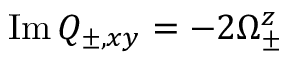
\operatorname { I m } Q _ { \pm , x y } = - 2 \Omega _ { \pm } ^ { z }